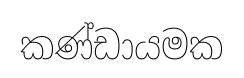
කණ්ඩායමක